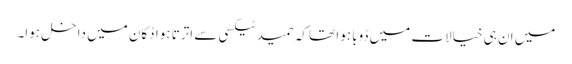
میں ان ہی خیالات میں ڈوبا ہوا تھا کہ حمید ٹیکسی سے اترتا ہوا دُکان میں داخل ہوا۔